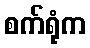
စက်ရုံက